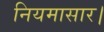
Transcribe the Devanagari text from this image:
नियमासार।